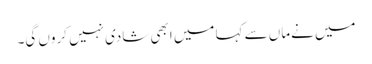
میں نےماں سے کہا میں ابھی شادی نہیں کروں گی۔